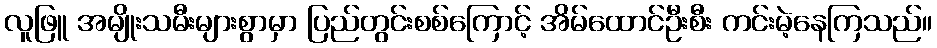
လူဖြူ အမျိုးသမီးများစွာမှာ ပြည်တွင်းစစ်ကြောင့် အိမ်ထောင်ဦးစီး ကင်းမဲ့နေကြသည်။